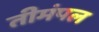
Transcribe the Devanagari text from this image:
तीमंपल